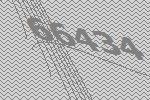
66434